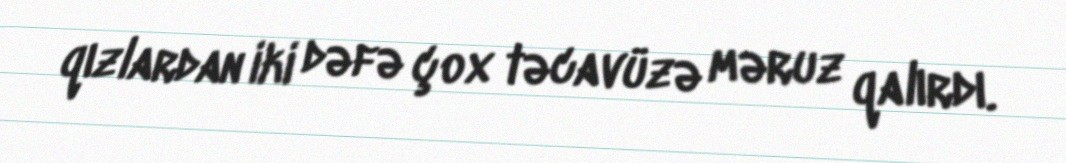
qızlardan iki dəfə çox təcavüzə məruz qalırdı.